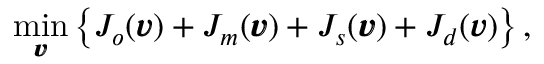
\displaystyle { \operatorname* { m i n } _ { \pmb { v } } } \left\{ J _ { o } ( \pmb { v } ) + J _ { m } ( \pmb { v } ) + J _ { s } ( \pmb { v } ) + J _ { d } ( \pmb { v } ) \right\} ,